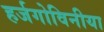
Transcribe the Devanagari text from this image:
हर्जगोविनीया